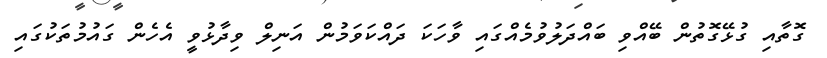
ގޮތާއި ގުޅޭގޮތުން ބޭއްވި ބައްދަލުވުމެއްގައި ވާހަކަ ދައްކަވަމުން އަނިލް ވިދާޅުވީ އެހެން ގައުމުތަކުގައި